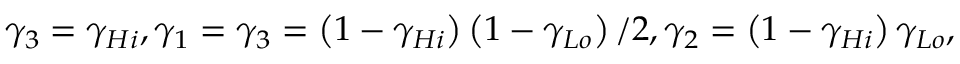
{ { \gamma } _ { 3 } } = { { \gamma } _ { H i } } , { { \gamma } _ { 1 } } = { { \gamma } _ { 3 } } = \left( 1 - { { \gamma } _ { H i } } \right) \left( 1 - { { \gamma } _ { L o } } \right) / 2 , { { \gamma } _ { 2 } } = \left( 1 - { { \gamma } _ { H i } } \right) { { \gamma } _ { L o } } ,